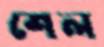
শেল